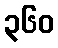
၃၆၀